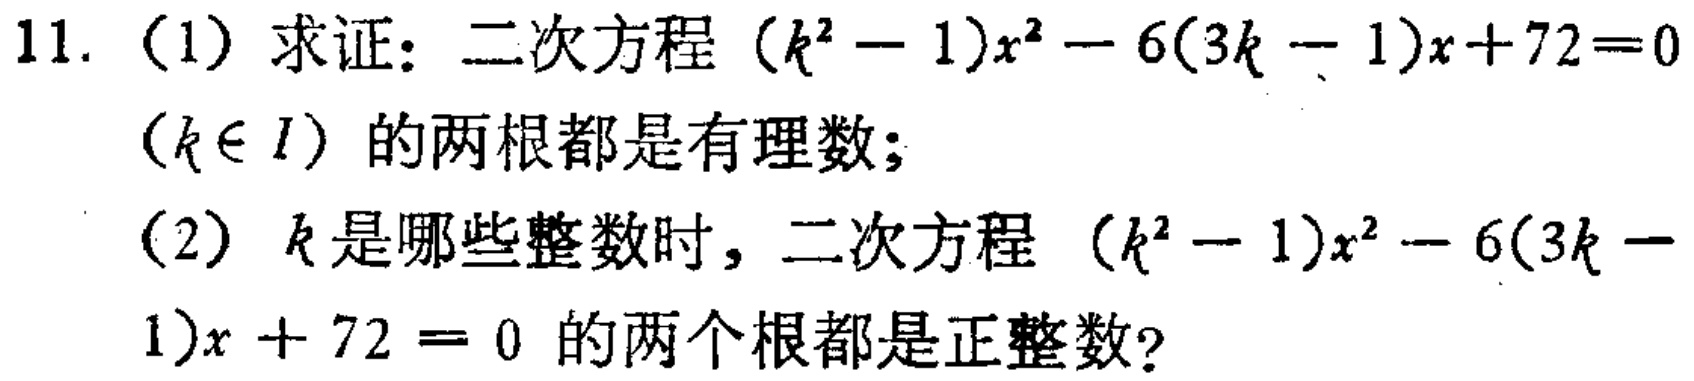
11. （1）求证：二次方程\((k^{2}-1)x^{2}-6(3k - 1)x + 72 = 0\)（\(k\in I\)）的两根都是有理数；
（2）\(k\)是哪些整数时，二次方程\((k^{2}-1)x^{2}-6(3k - 1)x + 72 = 0\)的两个根都是正整数？